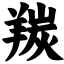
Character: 羰